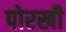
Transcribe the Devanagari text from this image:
पोरखी